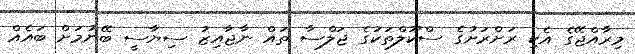
މިރާއްޖޭގެ އެކި ރަށްރަށުގެ ސްކޫލްތަކުގެ ޖަލްސާ ތައް ނާޖާއިޒު ސިޔާސީ ބޭނުމަށް ބައެއް